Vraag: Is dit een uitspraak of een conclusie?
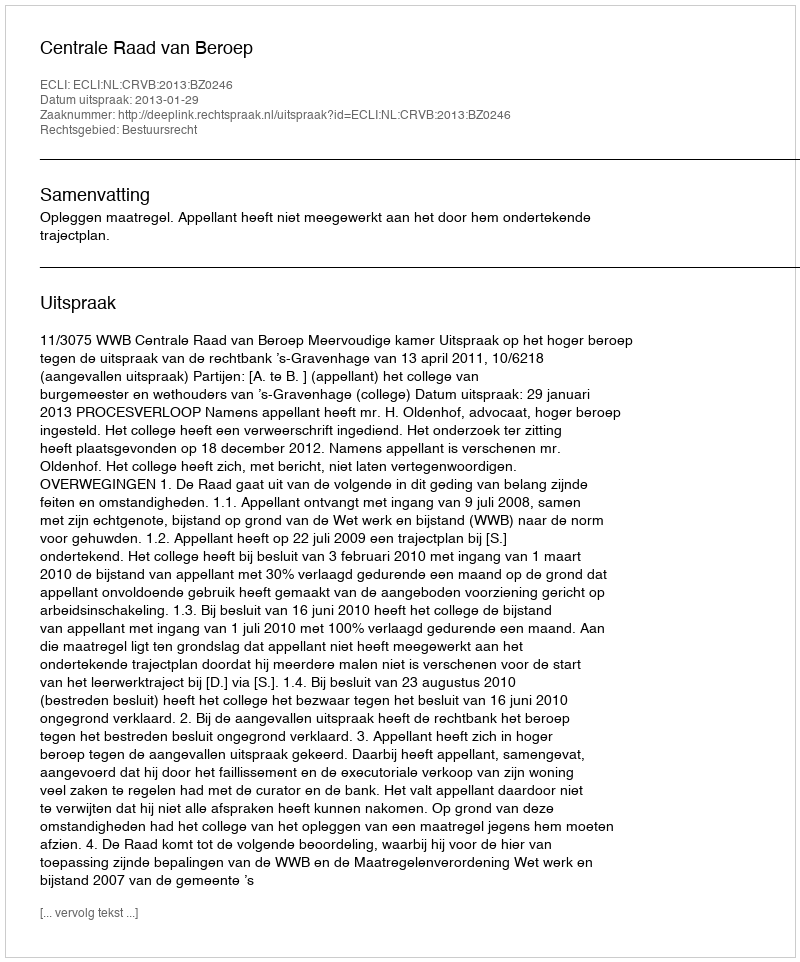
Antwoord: Uitspraak